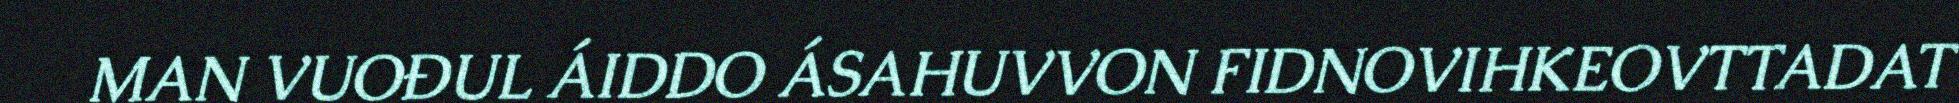
MAN VUOĐUL ÁIDDO ÁSAHUVVON FIDNOVIHKEOVTTADAT